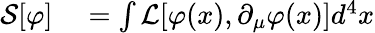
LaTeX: \begin{array}{rl}{{\mathcal{S}}[\varphi]}&{{}=\int{\mathcal{L}}[\varphi(x),\partial_{\mu}\varphi(x)]d^{4}x}\end{array}